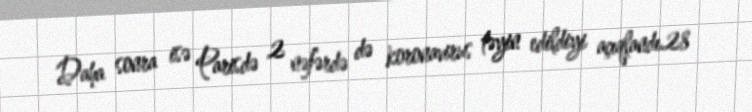
Daha sonra isə Parisdə 2 nəfərdə də koronavirus təyin edildiyi açıqlandı.28